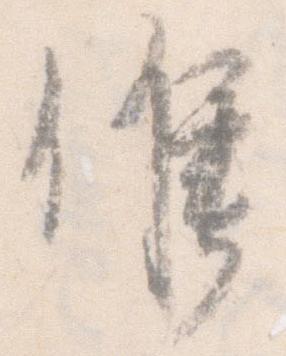
候